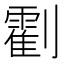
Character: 𠠛